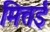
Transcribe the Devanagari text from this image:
मित्तई